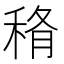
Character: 𥞼